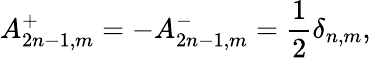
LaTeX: A_{2n-1,m}^{+}=-A_{2n-1,m}^{-}=\frac{1}{2}\delta_{n,m},